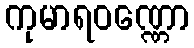
ကုမာရဝဏ္ဏော